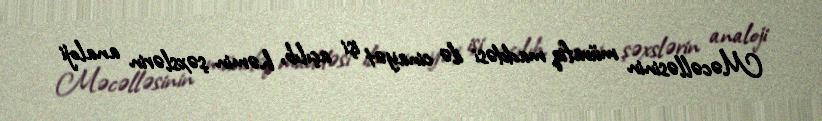
Məcəlləsinin müvafiq maddəsi ilə cinayət işi açılıb, həmin şəxslərin analoji